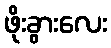
ဖိုးခွားလေး